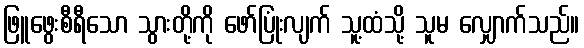
ဖြူဖွေးစီရီသော သွားတို့ကို ဖော်ပြုံးလျက် သူ့ထံသို့ သူမ လျှောက်သည်။